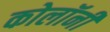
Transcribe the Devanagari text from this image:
कोलॉनी